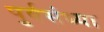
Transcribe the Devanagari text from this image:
पुर्वसंध्या